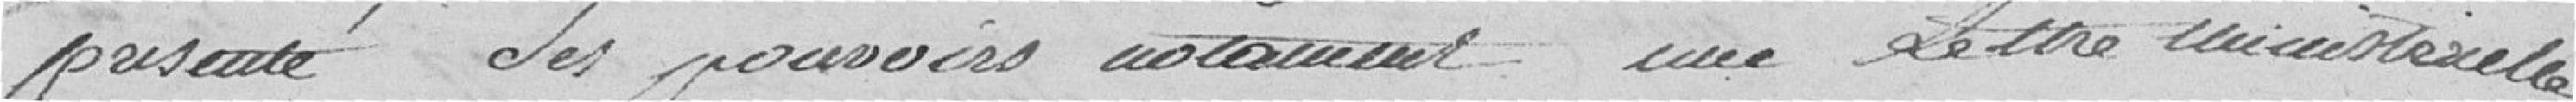
présenté ses pouvoirs notamment une lettre ministérielle